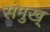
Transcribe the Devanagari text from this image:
संमुख्